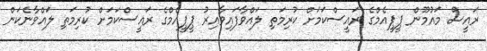
ރައީސް މައުމޫން ޕީޕީއެމްގެ ރައީސްކަމަށް ކުރިމަތި ލައްވާފައިވާއިރު ޕީޕީއެމްގެ ރައީސްކަމަށް ކުރިމަތި ލައްވާނެކަން